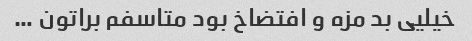
خیلیی بد مزه و افتضاخ بود متاسفم براتون …